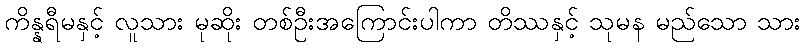
ကိန္နရီမနှင့် လူသား မုဆိုး တစ်ဦးအကြောင်းပါကာ တိဿနှင့် သုမန မည်သော သား